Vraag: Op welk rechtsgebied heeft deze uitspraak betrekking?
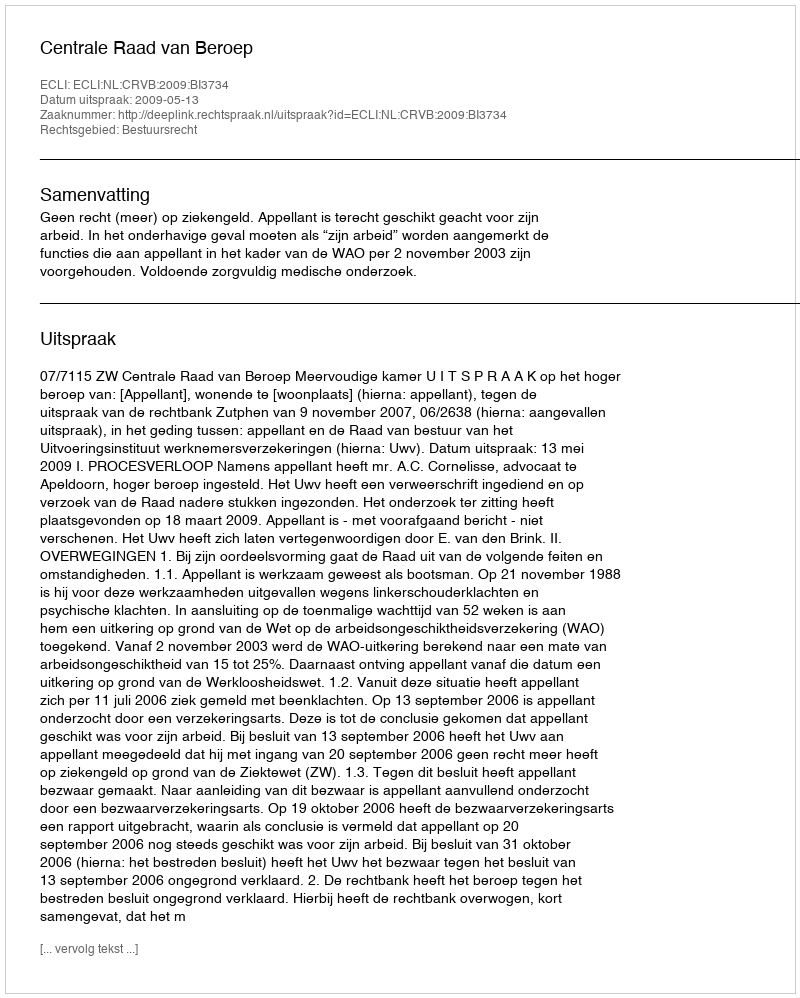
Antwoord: Bestuursrecht